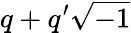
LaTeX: q+q^{\prime}{\sqrt{-1}}